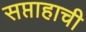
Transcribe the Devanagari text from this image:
सप्ताहाची